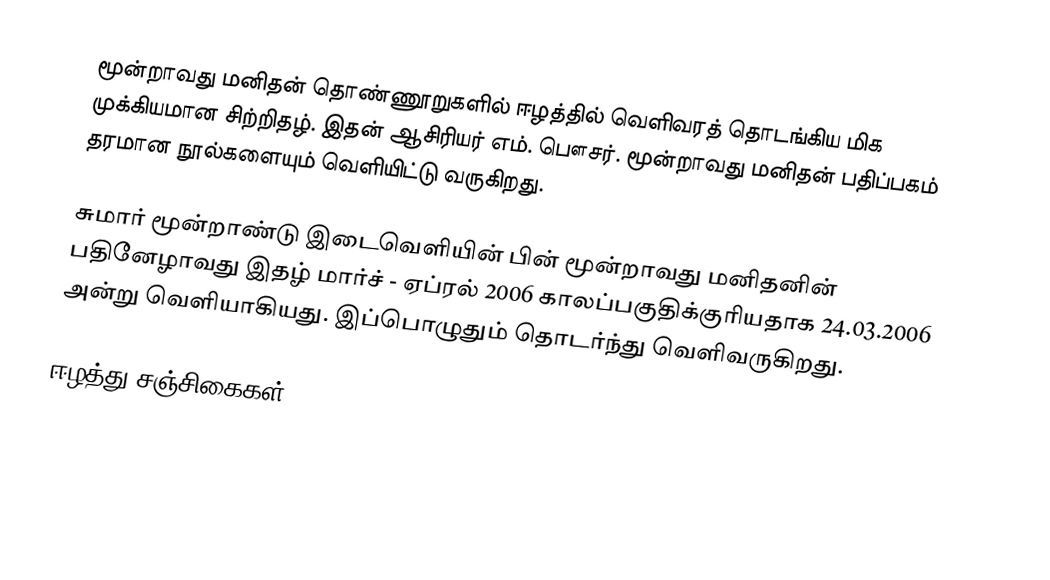
மூன்றாவது மனிதன் தொண்ணூறுகளில் ஈழத்தில் வெளிவரத் தொடங்கிய மிக முக்கியமான சிற்றிதழ். இதன் ஆசிரியர் எம். பௌசர். மூன்றாவது மனிதன் பதிப்பகம் தரமான நூல்களையும் வெளியிட்டு வருகிறது.

சுமார் மூன்றாண்டு இடைவெளியின் பின் மூன்றாவது மனிதனின் பதினேழாவது இதழ் மார்ச் - ஏப்ரல் 2006 காலப்பகுதிக்குரியதாக 24.03.2006 அன்று வெளியாகியது. இப்பொழுதும் தொடர்ந்து வெளிவருகிறது.

ஈழத்து சஞ்சிகைகள்